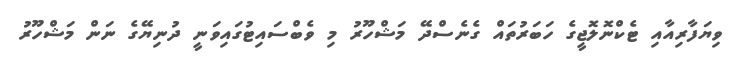
ވިޔަފާރިއާއި ޓެކްނޮލޮޖީގެ ހަބަރުތައް ގެނެސްދޭ މަޝްހޫރު މި ވެބްސައިޓުގައިވަނީ ދުނިޔޭގެ ނަން މަޝްހޫރު